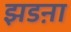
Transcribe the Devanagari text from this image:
झडऩा